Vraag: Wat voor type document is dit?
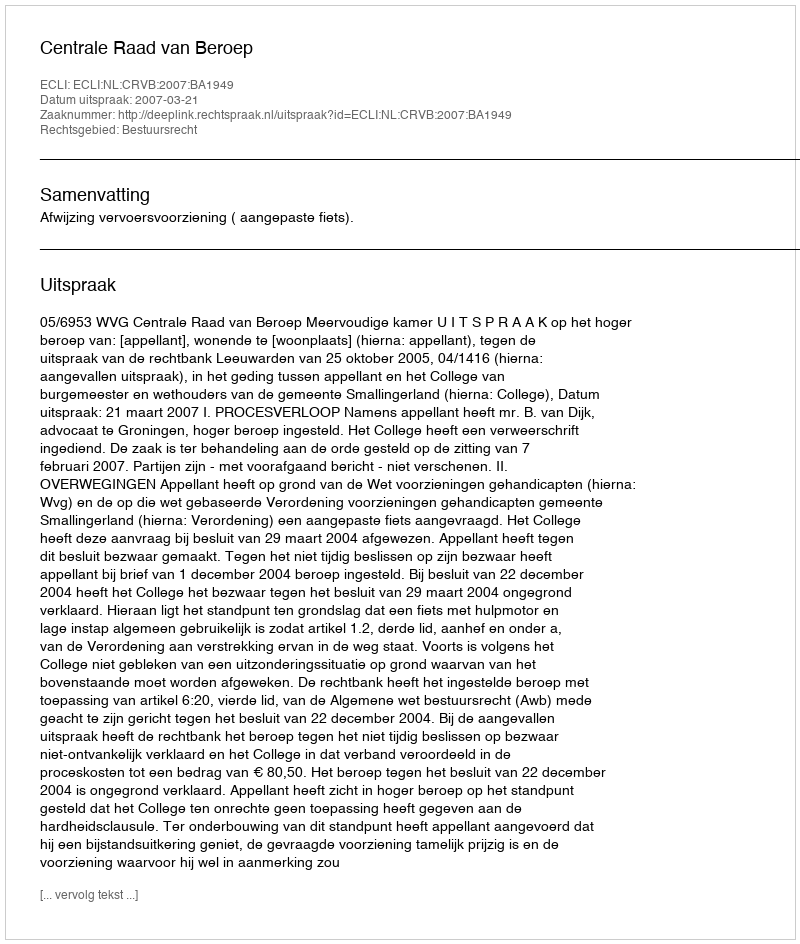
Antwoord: Uitspraak